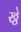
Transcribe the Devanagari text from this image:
रठ्ठे